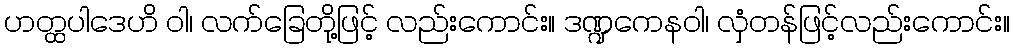
ဟတ္ထပါဒေဟိ ဝါ၊ လက်ခြေတို့ဖြင့် လည်းကောင်း။ ဒဏ္ဍကေနဝါ၊ လှံတန်ဖြင့်လည်းကောင်း။